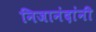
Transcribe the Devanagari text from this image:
निजानंदांनी